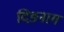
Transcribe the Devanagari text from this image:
दिङनाग